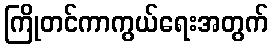
ကြိုတင်ကာကွယ်ရေးအတွက်